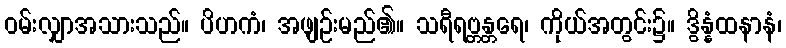
ဝမ်းလျှာအသားသည်။ ပိဟကံ၊ အဖျဉ်းမည်၏။ သရီရဗ္တန္တရေ၊ ကိုယ်အတွင်း၌။ ဒွိန္နံထနာနံ၊